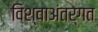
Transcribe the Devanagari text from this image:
विश्वाअंतर्गत